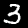
Digit: 3